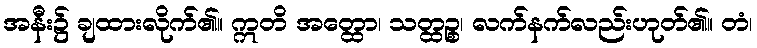
အနီး၌ ချထားလိုက်၏။ ဣတိ အတ္ထော၊ သတ္ထဉ္စ၊ လက်နက်လည်းဟုတ်၏။ တံ၊